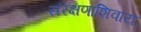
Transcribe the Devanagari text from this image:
संरक्षणाशिवाय